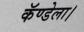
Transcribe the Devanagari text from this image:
कॅण्डेला।